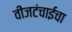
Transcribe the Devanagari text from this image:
वीजटंचाईचा